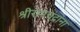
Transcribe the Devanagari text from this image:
श्रीरामचंद्रांना